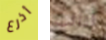
أذرع لنائب